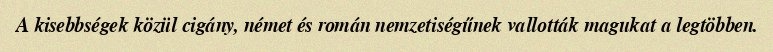
A kisebbségek közül cigány, német és román nemzetiségűnek vallották magukat a legtöbben.